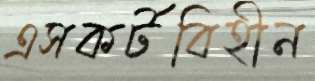
এসকর্টবিহীন